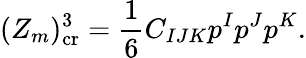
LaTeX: (Z_{m})_{\mathrm{cr}}^{3}={\frac{1}{6}}C_{IJK}p^{I}p^{J}p^{K}.